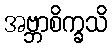
အဗ္ဘာစိက္ခသိ